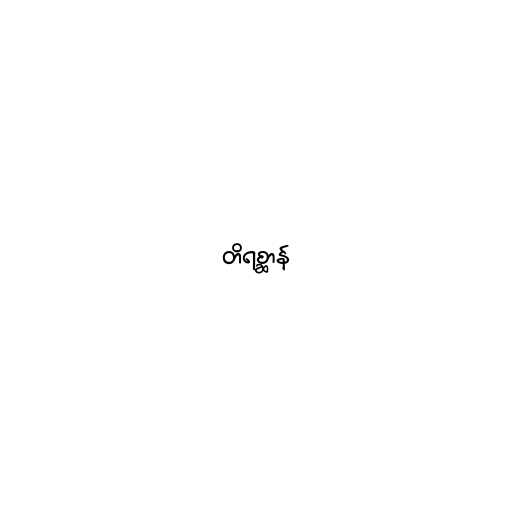
တိရစ္ဆာန်